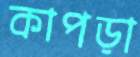
কাপড়া